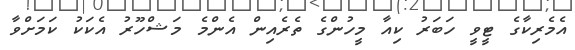
އެމެރިކާގެ ޓީވީ ހަބަރު ކިއާ މީހުންގެ ތެރެއިން އެންމެ މަޝްހޫރު އެކަކު ކަމަށްވާ